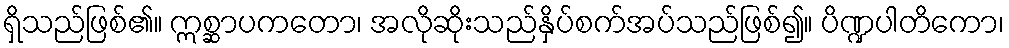
ရှိသည်ဖြစ်၏။ ဣစ္ဆာပကတော၊ အလိုဆိုးသည်နှိပ်စက်အပ်သည်ဖြစ်၍။ ပိဏ္ဍပါတိကော၊